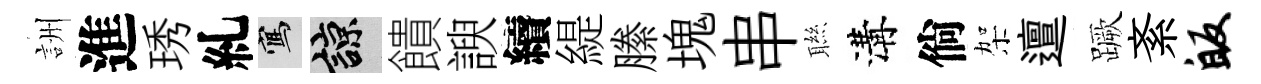
詶進琇糺寫諒饋諛續緹縢塊串聮溝倘架邅蹶紊皈